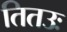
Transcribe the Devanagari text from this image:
तितउः